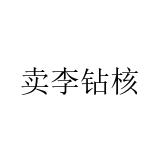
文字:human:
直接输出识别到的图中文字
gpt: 卖李钻核